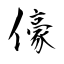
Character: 儫